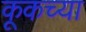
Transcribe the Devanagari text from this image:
कूकच्या